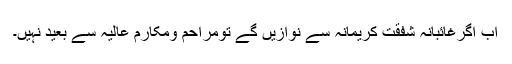
اب اگرغائبانہ شفقتِ کریمانہ سے نوازیں گے تومراحم ومکارمِ عالیہ سے بعید نہیں۔